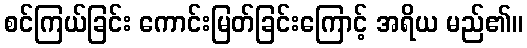
စင်ကြယ်ခြင်း ကောင်းမြတ်ခြင်းကြောင့် အရိယ မည်၏။